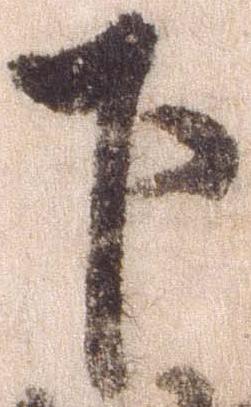
下